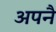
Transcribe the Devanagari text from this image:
अपनै